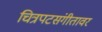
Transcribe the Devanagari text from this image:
चित्रपटसंगीतावर